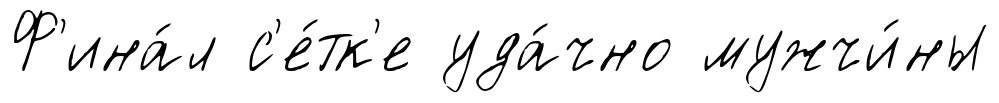
Ф'ина́л с'е́тк'е уда́чно мужчи́ны